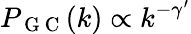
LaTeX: P_{\mathrm{~G~C~}}(k)\propto k^{-\gamma^{\prime}}